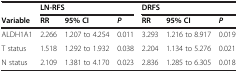
<table><thead><tr><td><b> </b></td><td colspan="3"><b>LN-RFS</b></td><td colspan="3"><b>DRFS</b></td></tr><tr><td><b>Variable</b></td><td><b>RR</b></td><td><b>95% CI</b></td><td><b><i>P</i></b></td><td><b>RR</b></td><td><b>95% CI</b></td><td><b><i>P</i></b></td></tr></thead><tbody><tr><td>ALDH1A1</td><td>2.266</td><td>1.207 to 4.254</td><td>0.011</td><td>3.293</td><td>1.216 to 8.917</td><td>0.019</td></tr><tr><td>T status</td><td>1.518</td><td>1.292 to 1.932</td><td>0.038</td><td>2.204</td><td>1.134 to 5.276</td><td>0.021</td></tr><tr><td>N status</td><td>2.109</td><td>1.381 to 4.170</td><td>0.023</td><td>2.836</td><td>1.285 to 6.305</td><td>0.018</td></tr></tbody></table>